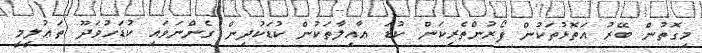
މިގޮތުން ބޭރު އަތޮޅުތަކުން ފޯރުންތެރިކަން ކުޑަ ޢާއިލާތަކުން ކުޑަކުދިން ގެންނަވައި ކުޑަހުވަދޫ ތަޢުލީމީ